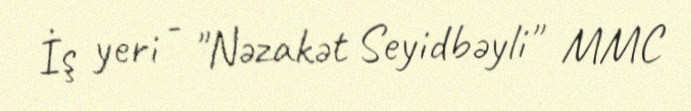
İş yeri - "Nəzakət Seyidbəyli" MMC